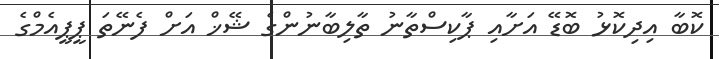
ކޮބާ އިދިކޮޅު ބޮޑޭ އަށާއި ޕާކިސްތާނު ތާލިބާނުންގެ ޝޭޚް އަށް ފެނޭތަ ޕީޕީއެމްގެ